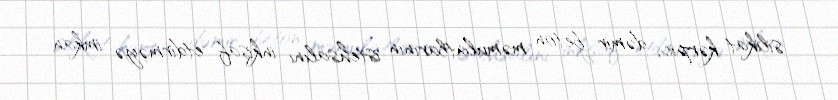
silikat kərpic, dəmir beton məmulatlarının istehsalını inkişaf etdirməyə imkan